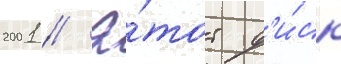
2001 // Э́тот д'и́ск